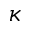
\kappa